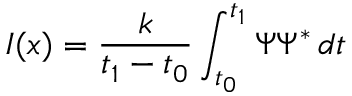
I ( x ) = { \frac { k } { t _ { 1 } - t _ { 0 } } } \int _ { t _ { 0 } } ^ { t _ { 1 } } \Psi \Psi ^ { \mathrm { * } } \, d t